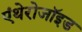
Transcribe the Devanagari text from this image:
एंथेरोजॉइड